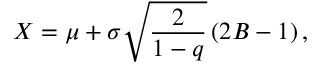
X = \mu + \sigma \sqrt { \frac { 2 } { 1 - q } } \left( 2 B - 1 \right) ,